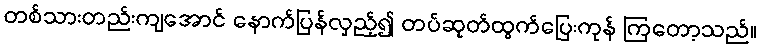
တစ်သားတည်းကျအောင် နောက်ပြန်လှည့်၍ တပ်ဆုတ်ထွက်ပြေးကုန် ကြတော့သည်။